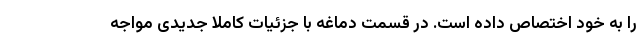
را به خود اختصاص داده است. در قسمت دماغه با جزئیات کاملا جدیدی مواجه